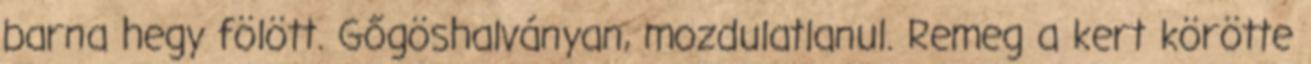
barna hegy fölött. Gőgöshalványan, mozdulatlanul. Remeg a kert körötte